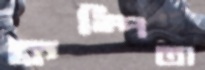
কম্পিতা